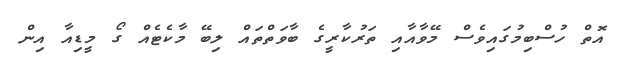
އޮތް ހުސްބިމުގައިވެސް މޭވާއާއި ތަރުކާރީގެ ބާވަތްތައް ލިބޭ މާކެޓެއް ގޯ މީޑިއާ އިން